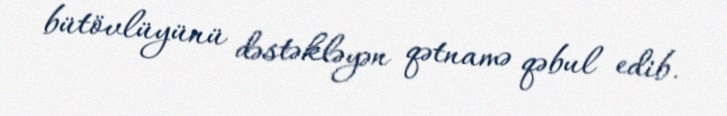
bütövlüyünü dəstəkləyən qətnamə qəbul edib.